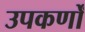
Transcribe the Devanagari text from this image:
उपकर्णों